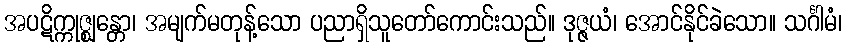
အပဋိက္ကုဇ္ဈန္တော၊ အမျက်မတုန့်သော ပညာရှိသူတော်ကောင်းသည်။ ဒုဇ္ဇယံ၊ အောင်နိုင်ခဲသော။ သင်္ဂါမံ၊